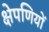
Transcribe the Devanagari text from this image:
क्षेपणियों